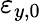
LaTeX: \varepsilon_{y,0}